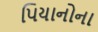
પિયાનોના